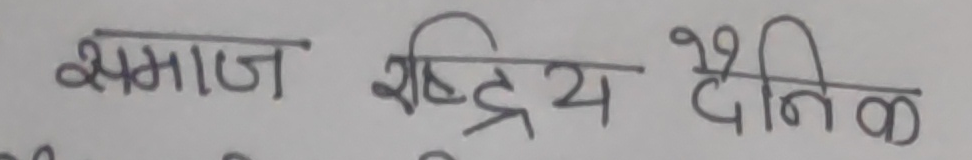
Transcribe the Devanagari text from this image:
समाज राष्ट्रिय दैनिक